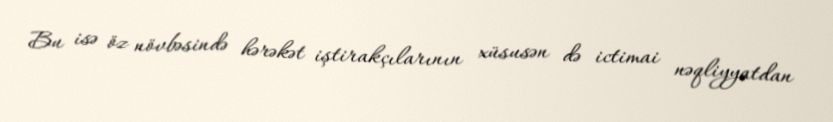
Bu isə öz növbəsində hərəkət iştirakçılarının xüsusən də ictimai nəqliyyatdan